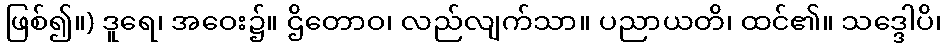
ဖြစ်၍။) ဒူရေ၊ အဝေး၌။ ဌိတောဝ၊ လည်လျက်သာ။ ပညာယတိ၊ ထင်၏။ သဒ္ဒေါပိ၊